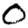
Digit: 0